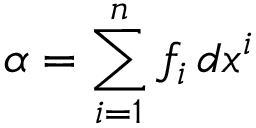
\alpha = \sum _ { i = 1 } ^ { n } f _ { i } \, d x ^ { i }